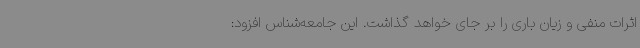
اثرات منفی و زیان باری را بر جای خواهد گذاشت. این جامعه‌شناس افزود: